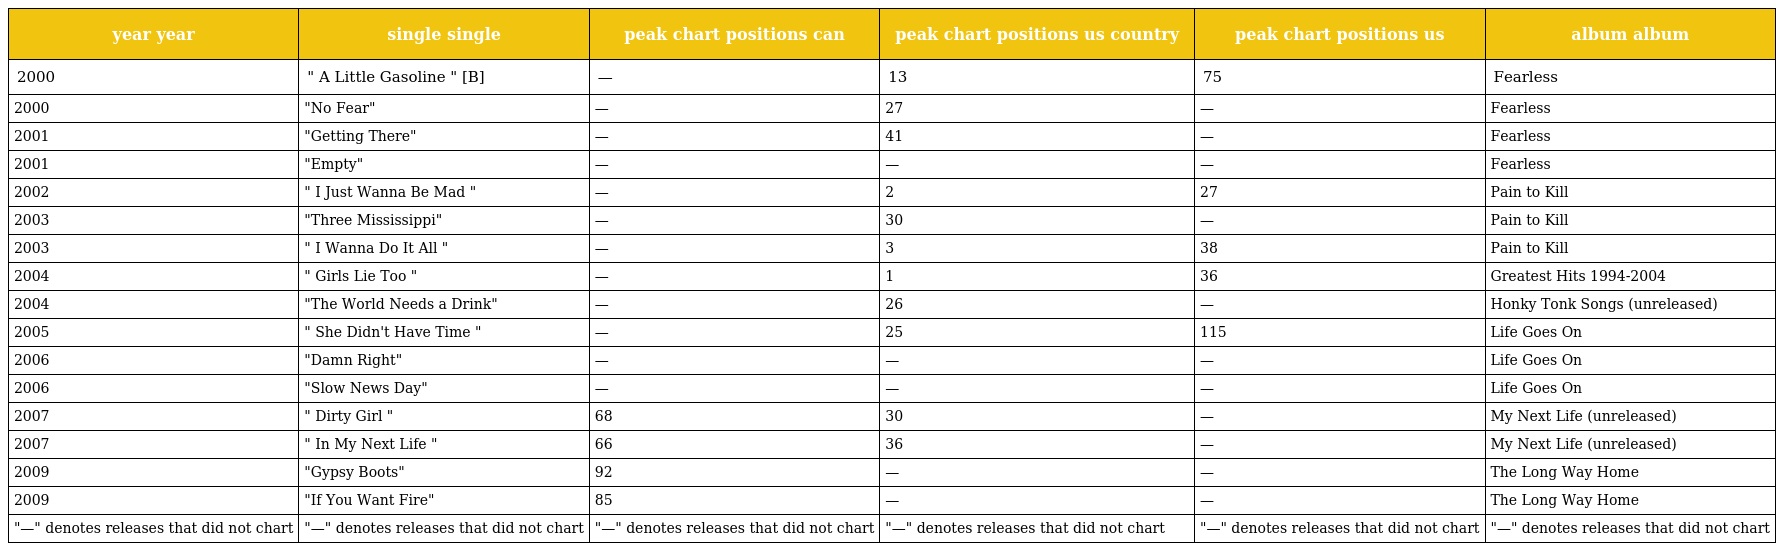
| year year | single single | peak chart positions can | peak chart positions us country | peak chart positions us | album album |
 | --- | --- | --- | --- | --- | --- |
 | 2000 | " A Little Gasoline " [B] | — | 13 | 75 | Fearless |
 | 2000 | "No Fear" | — | 27 | — | Fearless |
 | 2001 | "Getting There" | — | 41 | — | Fearless |
 | 2001 | "Empty" | — | — | — | Fearless |
 | 2002 | " I Just Wanna Be Mad " | — | 2 | 27 | Pain to Kill |
 | 2003 | "Three Mississippi" | — | 30 | — | Pain to Kill |
 | 2003 | " I Wanna Do It All " | — | 3 | 38 | Pain to Kill |
 | 2004 | " Girls Lie Too " | — | 1 | 36 | Greatest Hits 1994-2004 |
 | 2004 | "The World Needs a Drink" | — | 26 | — | Honky Tonk Songs (unreleased) |
 | 2005 | " She Didn't Have Time " | — | 25 | 115 | Life Goes On |
 | 2006 | "Damn Right" | — | — | — | Life Goes On |
 | 2006 | "Slow News Day" | — | — | — | Life Goes On |
 | 2007 | " Dirty Girl " | 68 | 30 | — | My Next Life (unreleased) |
 | 2007 | " In My Next Life " | 66 | 36 | — | My Next Life (unreleased) |
 | 2009 | "Gypsy Boots" | 92 | — | — | The Long Way Home |
 | 2009 | "If You Want Fire" | 85 | — | — | The Long Way Home |
 | "—" denotes releases that did not chart | "—" denotes releases that did not chart | "—" denotes releases that did not chart | "—" denotes releases that did not chart | "—" denotes releases that did not chart | "—" denotes releases that did not chart |